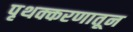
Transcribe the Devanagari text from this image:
पृथक्करणातून